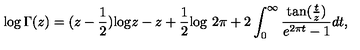
\log \Gamma ( z ) = ( z - { \frac { 1 } { 2 } } ) \mathrm { l o g } z - z + { \frac { 1 } { 2 } } \mathrm { l o g \ } 2 \pi + 2 \int _ { 0 } ^ { \infty } { \frac { \mathrm { t a n } ( { \frac { t } { z } } ) } { e ^ { 2 \pi t } - 1 } } d t ,